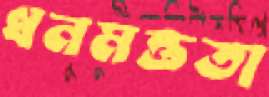
ধনমত্ততা